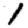
Digit: 1